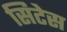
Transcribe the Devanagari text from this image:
सिटेस